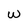
Character: w